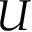
U